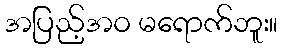
အပြည့်အဝ မရောက်ဘူး။